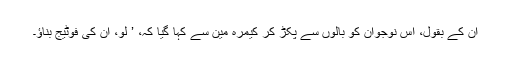
اُن کے بقول، اُس نوجوان کو بالوں سے پکڑ کر کیمرہ مین سے کہا گیا کہ، ’ لو، اِن کی فوٹیج بناؤ۔